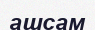
ашсам